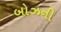
બોઝની